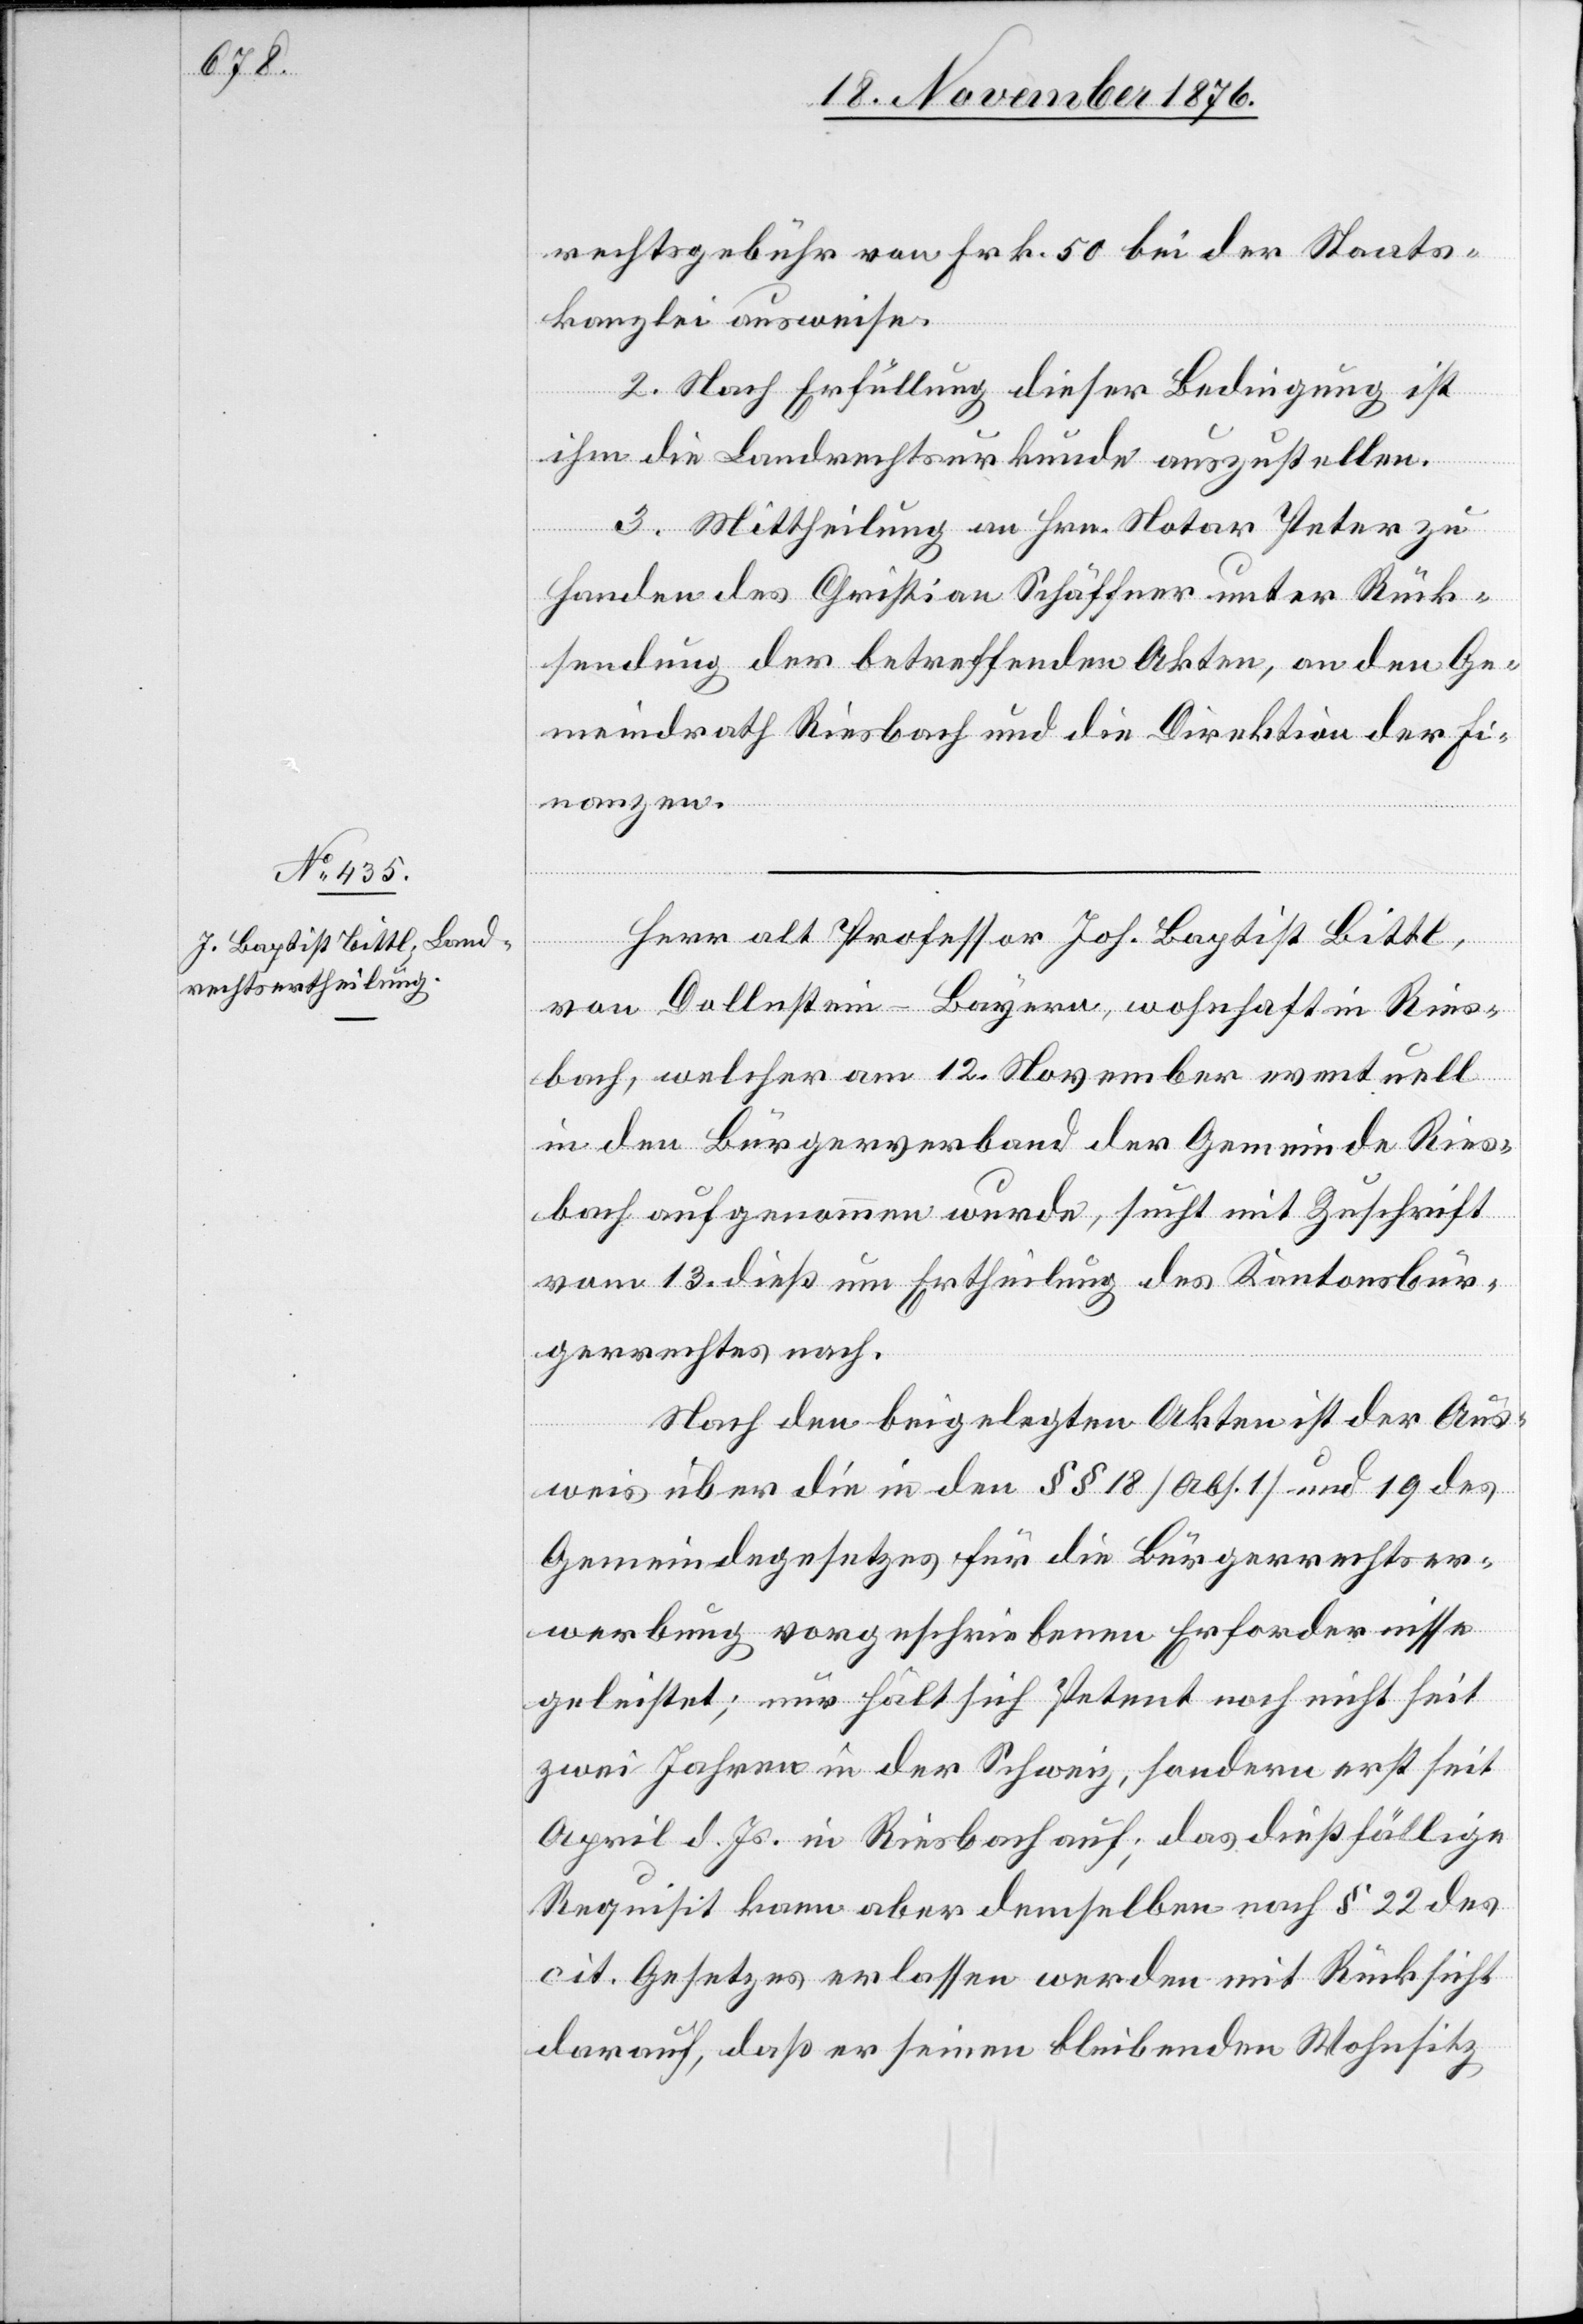
rechtsgebühr von Frk. 50 bei der Staats¬
kanzlei ausweise.
2. Nach Erfüllung dieser Bedingung ist
ihm die Landrechtsurkunde auszustellen.
3. Mittheilung an Hrn. Notar Peter zu
Handen des Christian Schäffner unter Rück¬
sendung der betreffenden Akten, an den Ge¬
meindrath Riesbach und die Direktion der Fi¬
nanzen.